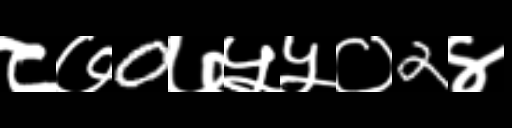
Text: ८७0७५५०2४